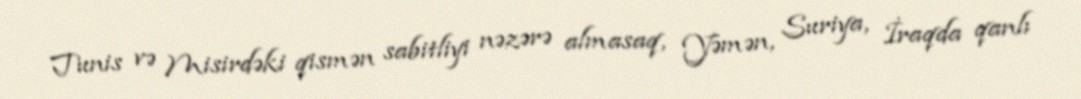
Tunis və Misirdəki qismən sabitliyi nəzərə almasaq, Yəmən, Suriya, İraqda qanlı